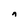
Character: n